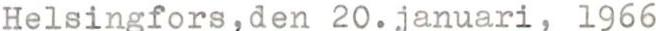
Helsingfors,den 20.januari, 1966